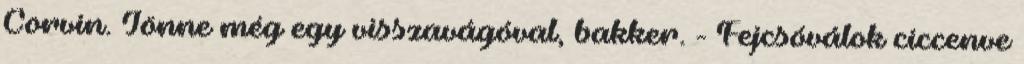
Corvin. Jönne még egy visszavágóval, bakker. - Fejcsóválok ciccenve